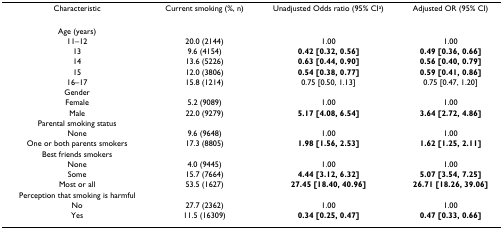
<table><thead><tr><td><b>Characteristic</b></td><td><b>Current smoking (%, n)</b></td><td><b>Unadjusted Odds ratio (95% CI<sup>a</sup>)</b></td><td><b>Adjusted OR (95% CI)</b></td></tr></thead><tbody><tr><td>Age (years)</td><td></td><td></td><td></td></tr><tr><td>11–12</td><td>20.0 (2144)</td><td>1.00</td><td>1.00</td></tr><tr><td>13</td><td>9.6 (4154)</td><td><b>0.42 [0.32, 0.56]</b></td><td><b>0.49 [0.36, 0.66]</b></td></tr><tr><td>14</td><td>13.6 (5226)</td><td><b>0.63 [0.44, 0.90]</b></td><td><b>0.56 [0.40, 0.79]</b></td></tr><tr><td>15</td><td>12.0 (3806)</td><td><b>0.54 [0.38, 0.77]</b></td><td><b>0.59 [0.41, 0.86]</b></td></tr><tr><td>16–17</td><td>15.8 (1214)</td><td>0.75 [0.50, 1.13]</td><td>0.75 [0.47, 1.20]</td></tr><tr><td>Gender</td><td></td><td></td><td></td></tr><tr><td>Female</td><td>5.2 (9089)</td><td>1.00</td><td>1.00</td></tr><tr><td>Male</td><td>22.0 (9279)</td><td><b>5.17 [4.08, 6.54]</b></td><td><b>3.64 [2.72, 4.86]</b></td></tr><tr><td>Parental smoking status</td><td></td><td></td><td></td></tr><tr><td>None</td><td>9.6 (9648)</td><td>1.00</td><td>1.00</td></tr><tr><td>One or both parents smokers</td><td>17.3 (8805)</td><td><b>1.98 [1.56, 2.53]</b></td><td><b>1.62 [1.25, 2.11]</b></td></tr><tr><td>Best friends smokers</td><td></td><td></td><td></td></tr><tr><td>None</td><td>4.0 (9445)</td><td>1.00</td><td>1.00</td></tr><tr><td>Some</td><td>15.7 (7664)</td><td><b>4.44 [3.12, 6.32]</b></td><td><b>5.07 [3.54, 7.25]</b></td></tr><tr><td>Most or all</td><td>53.5 (1627)</td><td><b>27.45 [18.40, 40.96]</b></td><td><b>26.71 [18.26, 39.06]</b></td></tr><tr><td>Perception that smoking is harmful</td><td></td><td></td><td></td></tr><tr><td>No</td><td>27.7 (2362)</td><td>1.00</td><td>1.00</td></tr><tr><td>Yes</td><td>11.5 (16309)</td><td><b>0.34 [0.25, 0.47]</b></td><td><b>0.47 [0.33, 0.66]</b></td></tr></tbody></table>